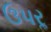
ઉપરૢ